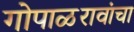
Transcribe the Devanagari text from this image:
गोपाळरावांचा